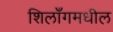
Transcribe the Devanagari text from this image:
शिलाँगमधील